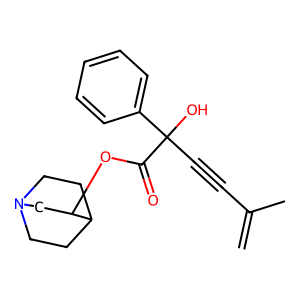
SMILES: C=C(C)C#CC(O)(C(=O)OC1CN2CCC1CC2)c1ccccc1
Inhibits HIV replication: No